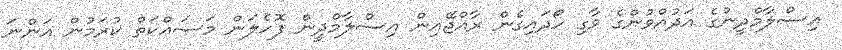
އިސްލާމްދީނުގެ އަދުއްވުންގެ ވާގި ހޯދައިގެން ރާއްޖޭއިން އިސްލާމްދީން ފޮހެލަން މަސައްކަތް ކުރަމުން އަންނަ